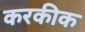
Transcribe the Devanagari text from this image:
करकीक